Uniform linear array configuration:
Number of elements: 16
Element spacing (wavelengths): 0.75
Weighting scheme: kaiser
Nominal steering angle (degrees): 30
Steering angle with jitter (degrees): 31.776
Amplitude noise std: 0.05
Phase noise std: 0.05

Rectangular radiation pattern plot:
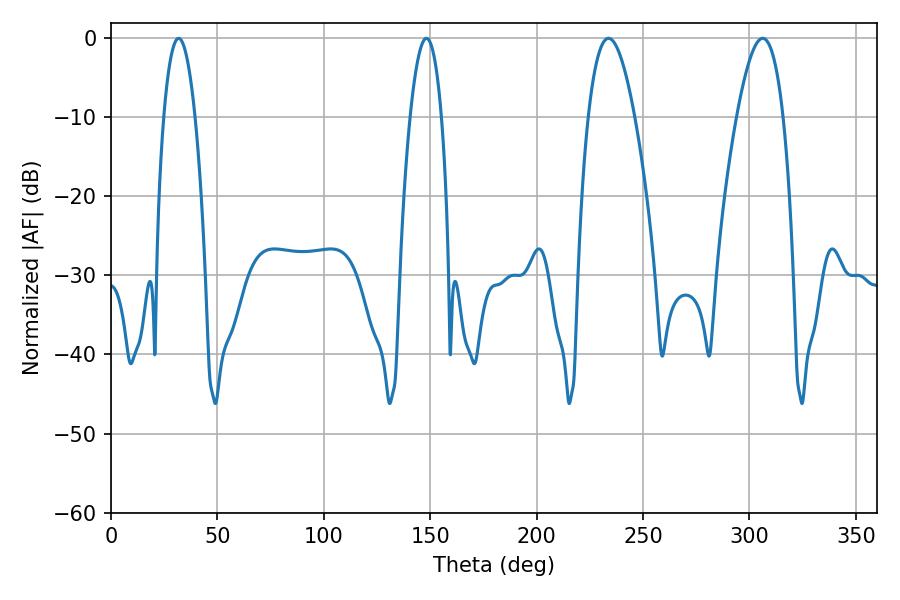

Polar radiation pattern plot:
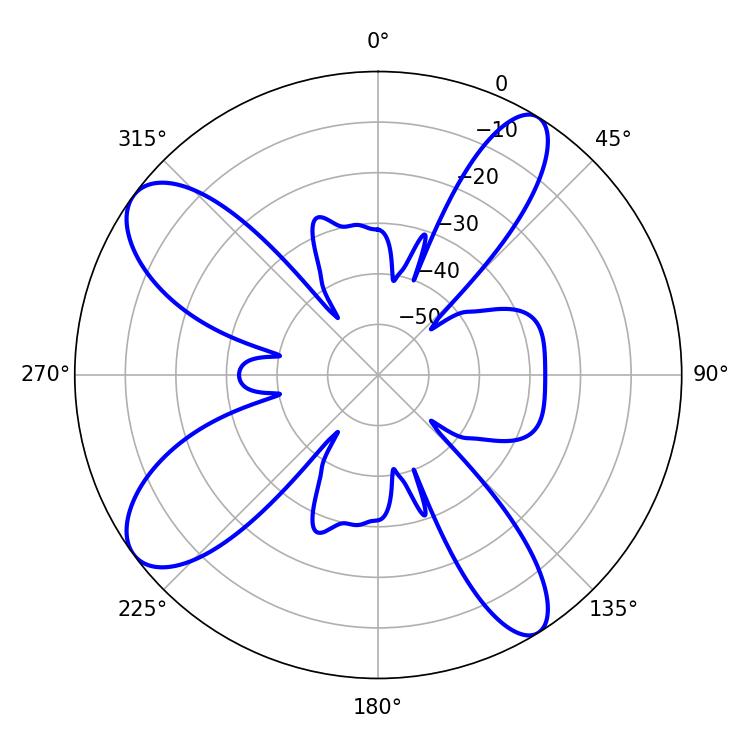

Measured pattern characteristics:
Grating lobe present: TRUE
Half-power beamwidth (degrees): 11.88
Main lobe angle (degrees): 306.18